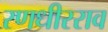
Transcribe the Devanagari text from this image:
रणधीरराव